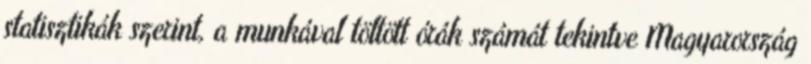
statisztikák szerint, a munkával töltött órák számát tekintve Magyarország